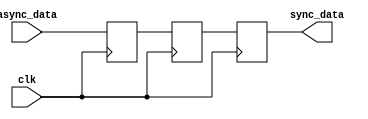
module triple_flip_flop_synchronizer (
    input wire clk,         // Synchronous clock signal
    input wire async_data,  // Asynchronous input signal to be synchronized
    output reg sync_data    // Synchronized output signal
);

    // Intermediate signals for the flip-flops
    reg ff1, ff2;

    // The main process to capture the asynchronous data
    always @(posedge clk) begin
        ff1 <= async_data;  // First flip-flop captures the input signal
        ff2 <= ff1;         // Second flip-flop captures the output of the first
        sync_data <= ff2;   // Third flip-flop captures the output of the second
    end

endmodule